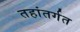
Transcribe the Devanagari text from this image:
तहांतर्गत